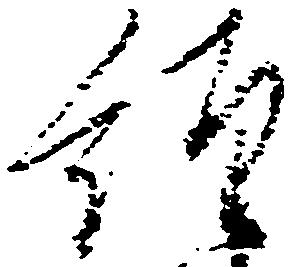
経